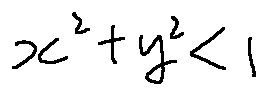
x ^ { 2 } + y ^ { 2 } < 1